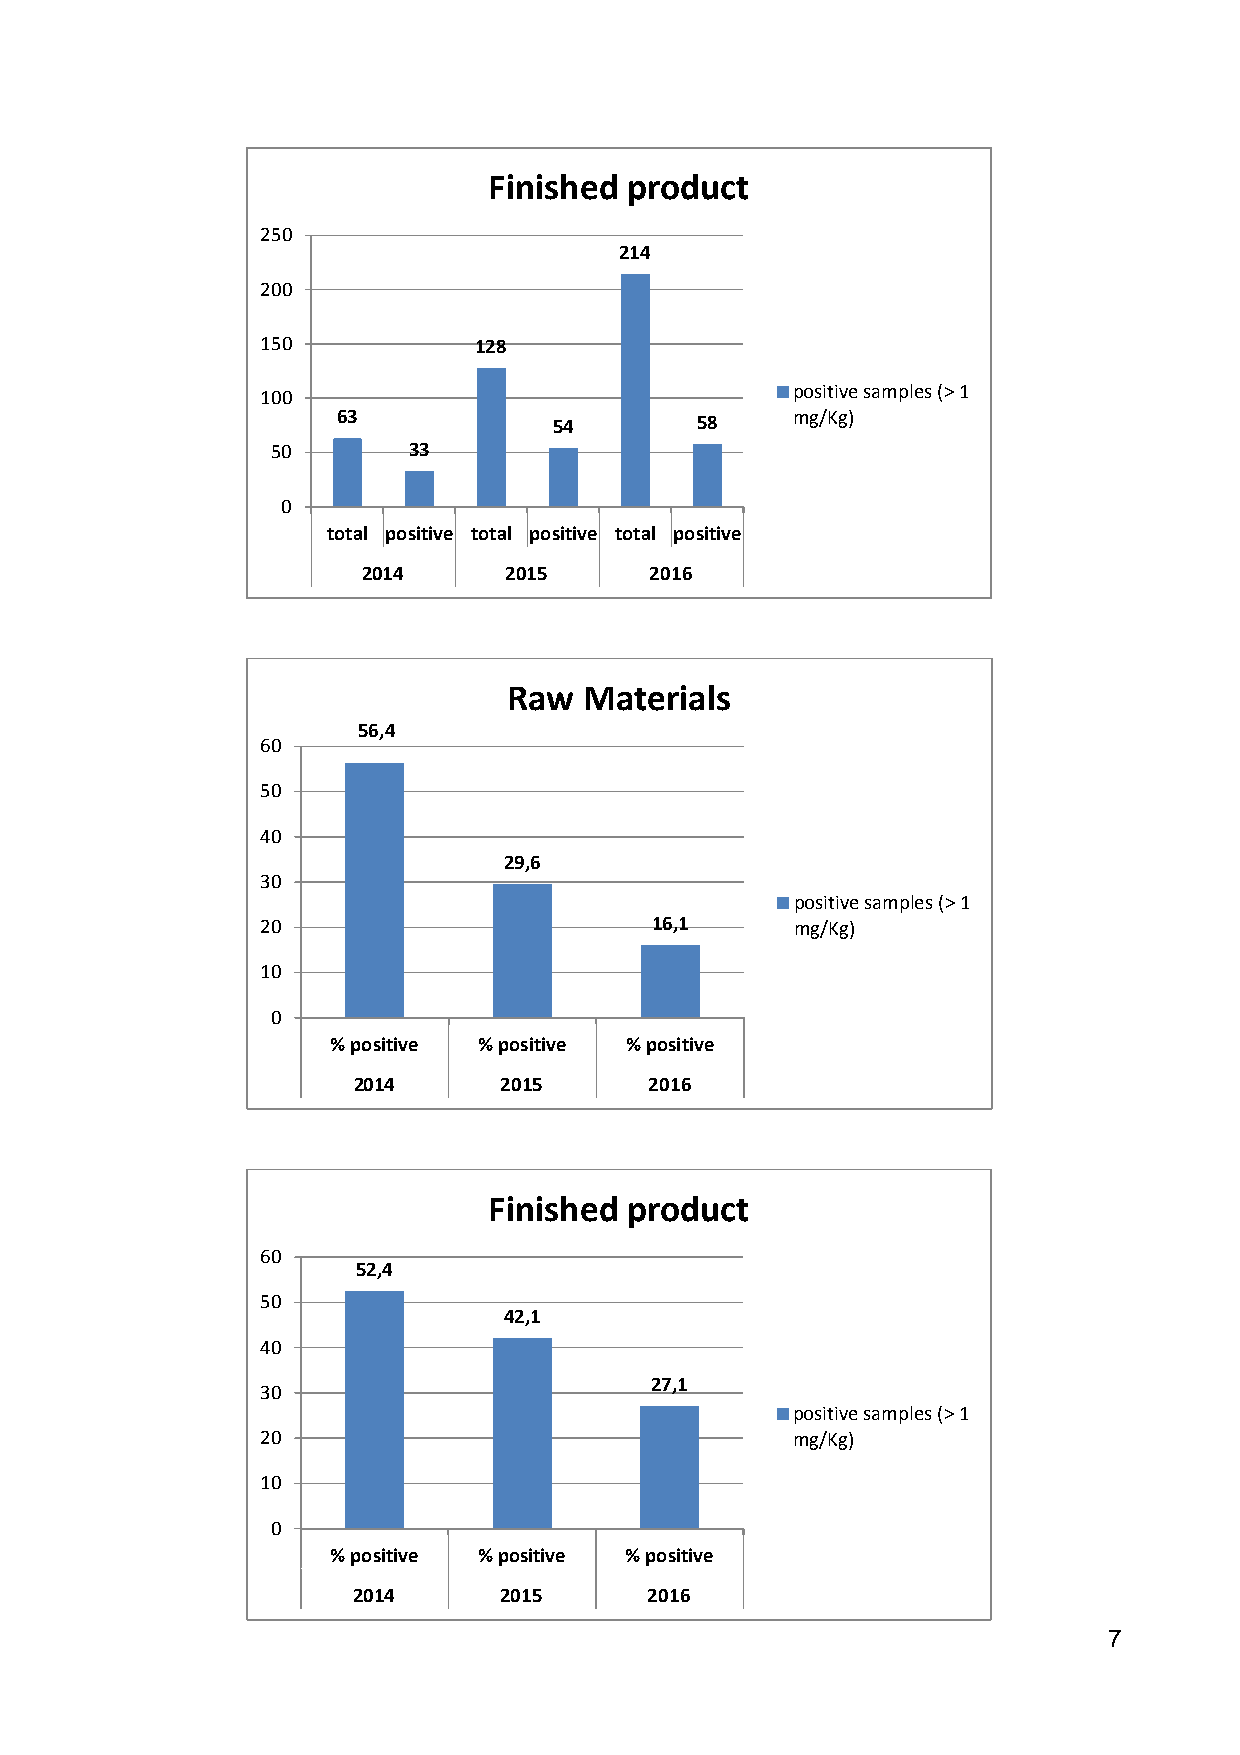
Finished product
 250
 214
 200
 150           128
 100                                positive samples (> 1
 63             54       58    mg/Kg)
 50       33
 0
 total positive total positive total positive
 2014      2015     2016
 Raw  Materials
 56,4
 60
 50
 40
 29,6
 30
 positive samples (> 1
 20                        16,1      mg/Kg)
 10
 0
 % positive % positive % positive
 2014      2015      2016
 Finished product
 60
 52,4
 50
 42,1
 40
 27,1
 30
 positive samples (> 1
 20                                 mg/Kg)
 10
 0
 % positive % positive % positive
 2014      2015      2016
 7